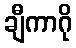
ချီကာဂို